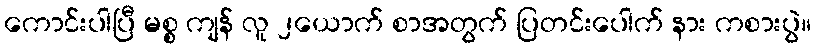
ကောင်းပါပြီ မစ္စ ကျန် လူ ၂ယောက် စာအတွက် ပြတင်းပေါက် နား ကစားပွဲ။